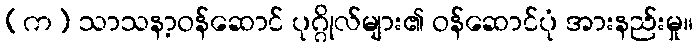
(က) သာသနာ့ဝန်ဆောင် ပုဂ္ဂိုလ်များ၏ ဝန်ဆောင်ပုံ အားနည်းမှု။